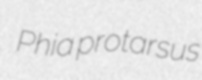
Phia protarsus